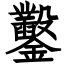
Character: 鑿